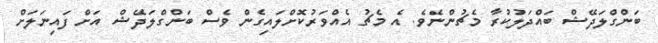
ބަންގްލަދޭޝް ބައްދަލުކުރާ މެޗުންނެވެ. އެ މެޗު އެއްވަރުކޮށްލައިގެން ވެސް ބަންގްލަދޭޝް އަށް ފައިނަލަށް